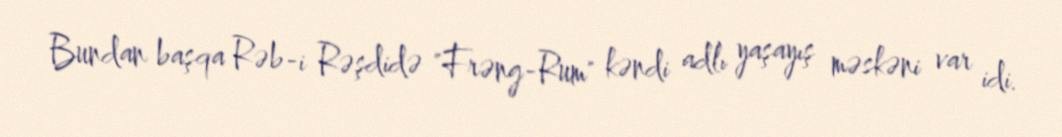
Bundan başqa Rəb-i Rəşdidə "Frəng-Rum" kəndi adlı yaşayış məskəni var idi.